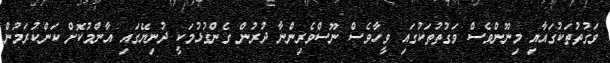
ވަގުތުތަކުގައާއި މިނޫންވެސް ވަގުތުތަކުގައި ވީހާވެސް ނޫސްވެރިންނާ ދުރުން ގެންގުޅުމަކީ ދުނިޔޭގައި އާންމުކޮށް ކަންކުރަމުން